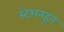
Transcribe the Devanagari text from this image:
स्टेशनहून